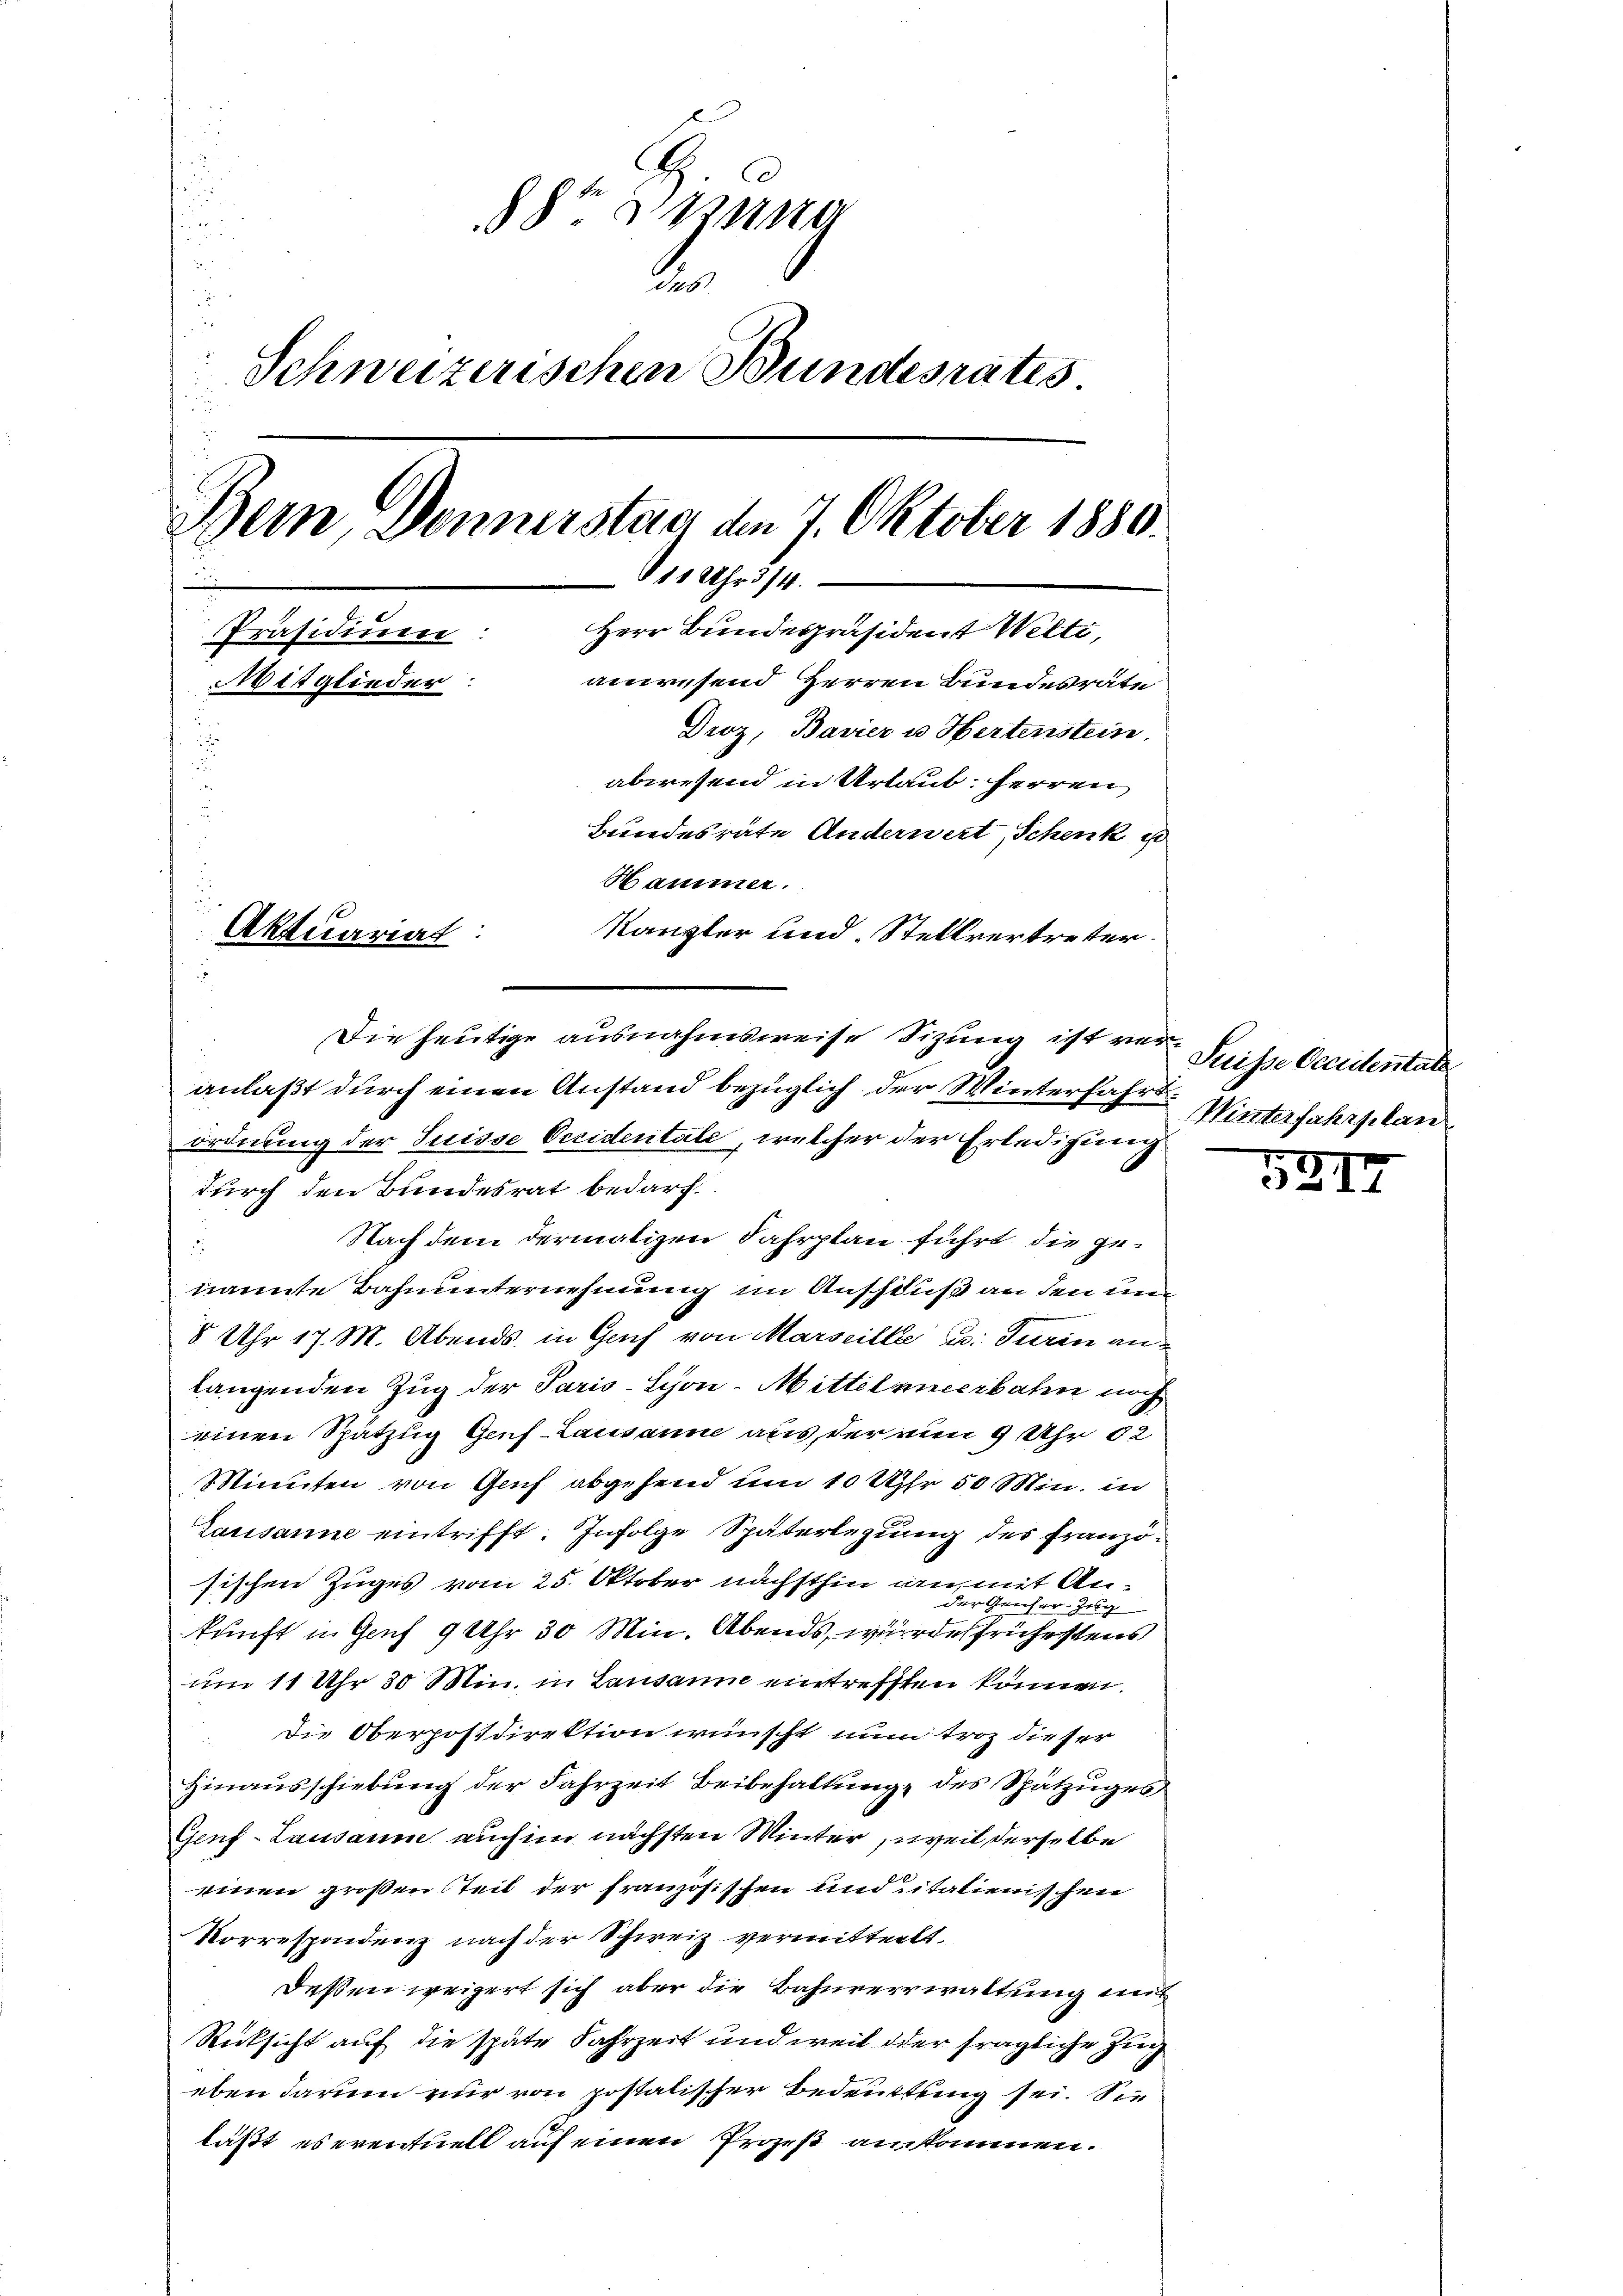
u
8 S. 110
dis
.
Schweizerischen Bundesrates
.
Bern, Donnerstag den 7. Oktober 1880.
811 Uhr 314.
2
Herr Bundespräsident Welti,
Präsidiuen:
anwesend Herren Bundesrate
Mitglieder.
Droz, Bavier u Hertensteine
i
u
abwesend in Urlaub, Herren
Bundesräte Anderwert, Schenk er
Hammer.
Kanzler und Stellvertreter.
Aktuariat:
Die heutige ausnahmsweise Sizung ist veranlaßt durch einen Anstand bezüglich der Winterfahrt Winterfahrplan

ordnung der Suisse Occidentale, welcher der Erledigung
durch den Bundesrat bedarf.
Nach dem dermatizen Fahrplan führt, die ged
nannte Bahnunternehmung im Anschluß an den und
8 Uhr 17. M. Abends in Genf von Marseille u. Turin anlangenden Zug der Paris-Schön. Mittelmeerbaten noch
einen Spatzug Genf-Lausanne aus, der von 9 Uhr 82
Minuten von Genf abgehend um 10 Uhr 50 Min. in
Lausanne eintrifft. Infolge Späterlegung des Französischen Zuges vom 25. Oktober nächsthin ain mit Ander Genfer Zug
kunft in Genf 9 Uhr 30 Min. Abends, wurde frühestens
um 11 Uhr 30 Min. in Lausanne eintrefften können.
Die Oberpostdirektion wünscht nun troz dieser
Hinausschiebung der Fahrzeit Beibehaltung des Spätzuges
Genf-Lausaum auch im nächsten Winter, weil derselbe
einen großen Teil der französischen und italienischen
Korrespondenz nach der Schweiz vermitteilt.
Deßen weigert sich aber die Bahnverwaltung mit
Rücksicht auf die späte Jahrzeit und weil der fragliche Zug
eben darum nur von postalischer Bedeutung sei. Sie
läßt es eventuell auf einen Prozeß ankommen.

Puisse Occientate

531.